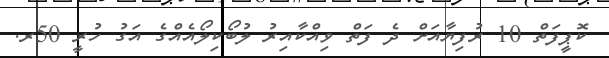
ކޮޕީފަތް 10 ރުފިޔާއަށް ދެ ފަތް ވިއްކާއިރު ލުބޯކިލޯއެއްގެ އަގު ހުރީ 50ރ.